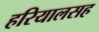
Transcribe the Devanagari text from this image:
हरियालसह